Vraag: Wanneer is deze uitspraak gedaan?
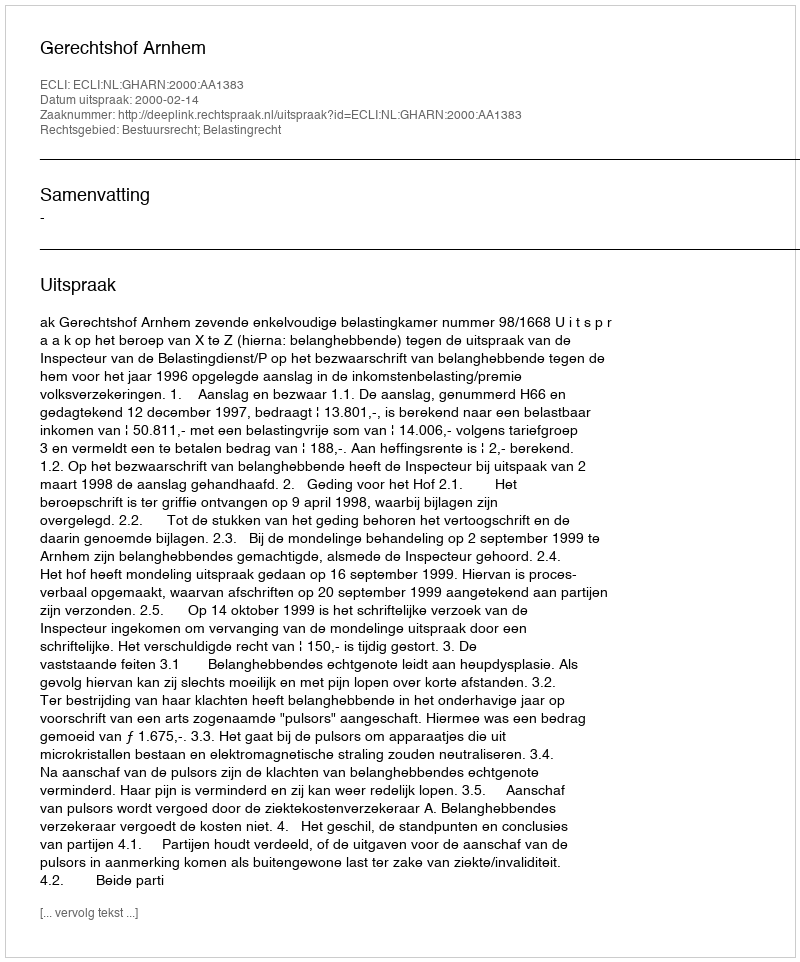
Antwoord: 2000-02-14